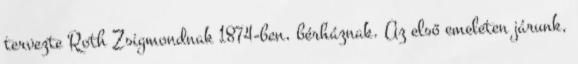
tervezte Roth Zsigmondnak 1874-ben, bérháznak. Az első emeleten járunk,